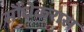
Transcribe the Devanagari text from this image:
सौंधेकरास